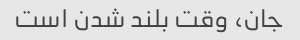
جان، وقت بلند شدن است